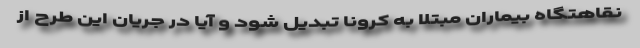
نقاهتگاه بیماران مبتلا به کرونا تبدیل شود و آیا در جریان این طرح از